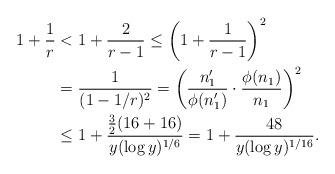
LaTeX: \begin{align*}1+ \frac{1}{r}&< 1 + \frac{2}{r-1} \leq \bigg(1 + \frac{1}{r-1}\bigg)^2 \\&= \frac{1}{(1 - 1/r)^2} = \bigg(\frac{n_1'}{\phi(n_1')} \cdot \frac{ \phi(n_1)}{n_1}\bigg)^2 \\&\leq 1 + \frac{\frac{3}{2}(16+16)}{y (\log y)^{1/6}} = 1 + \frac{48}{y (\log y)^{1/16}}.\end{align*}